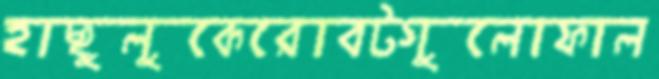
হাছুলুকেরোবটগুলোফাল